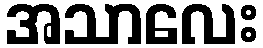
အသာလေး